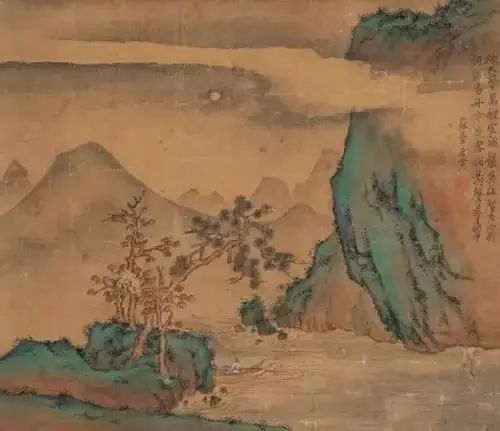
故园渺何处，归思方悠哉。